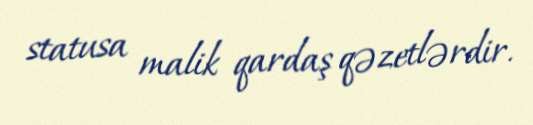
statusa malik qardaş qəzetlərdir.